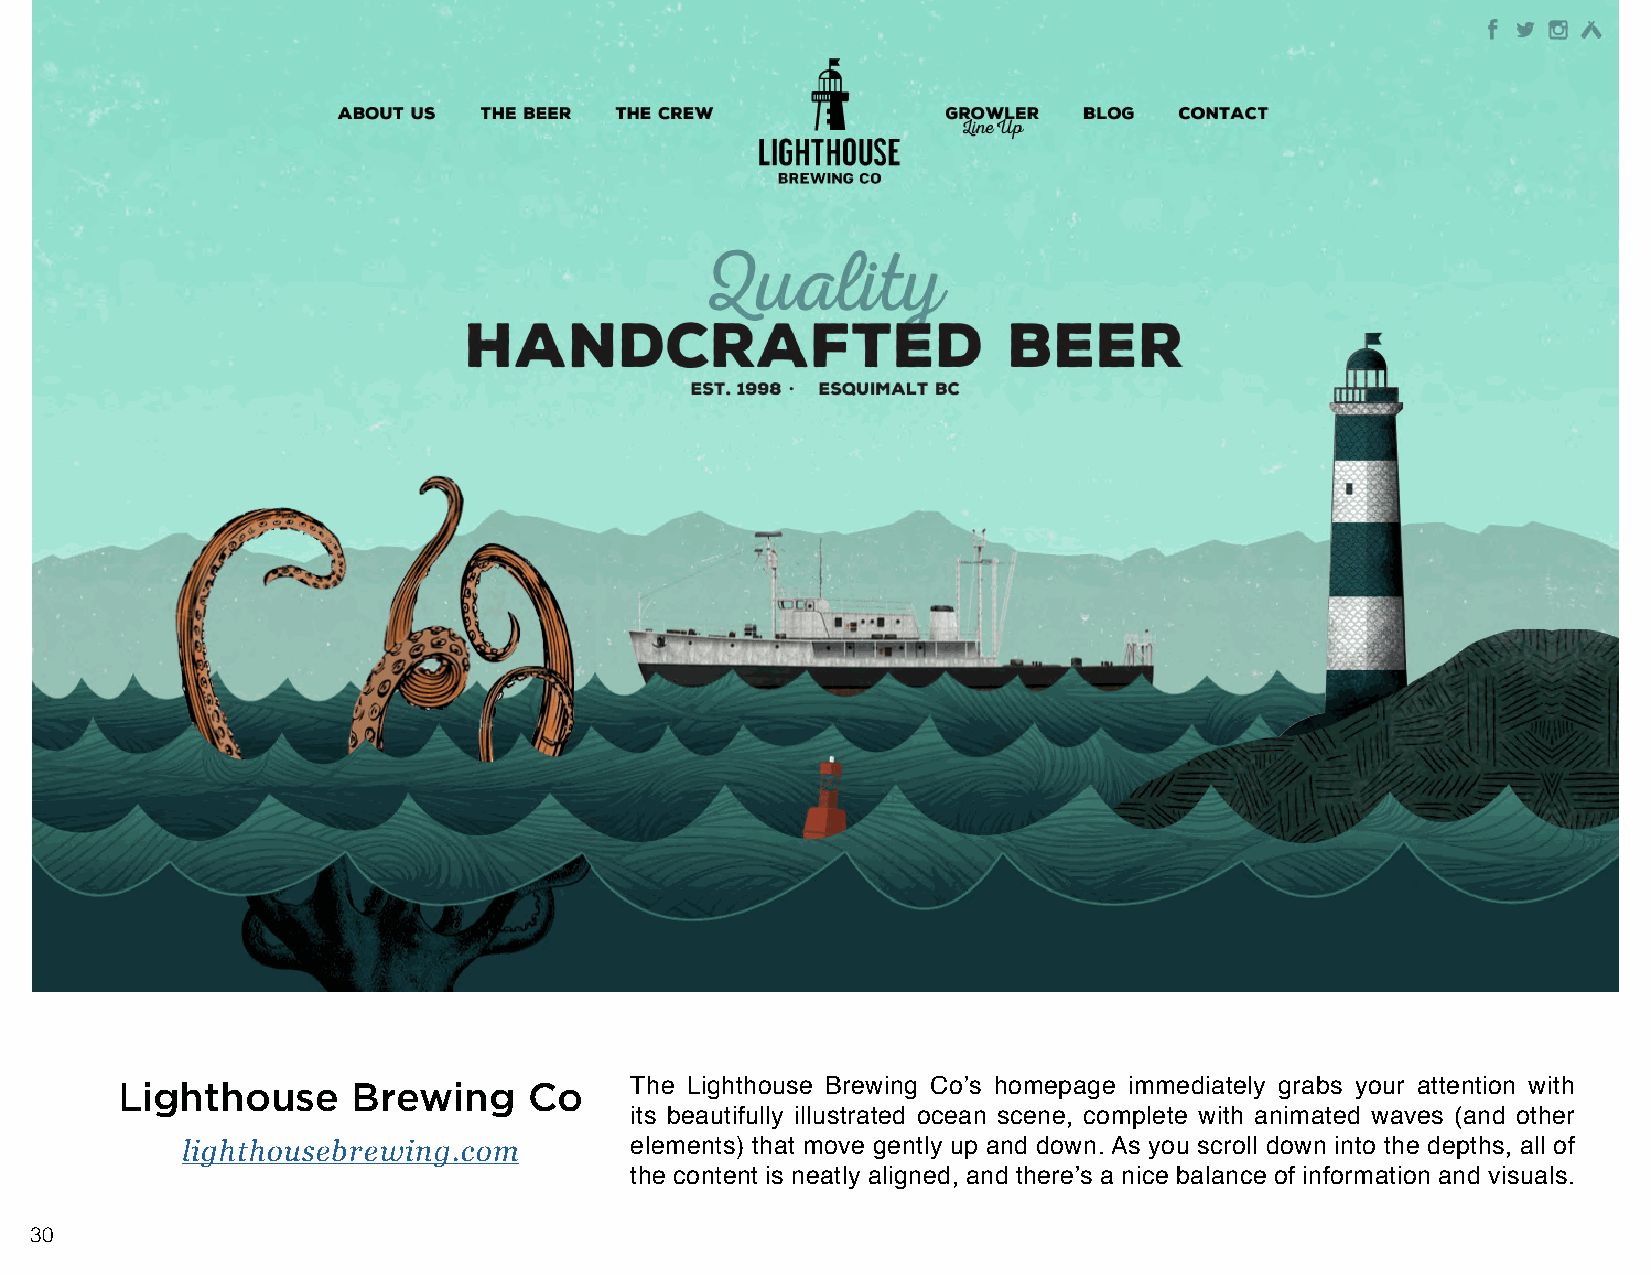
Lighthouse     Brewing     Co     The Lighthouse Brewing Co’s homepage immediately grabs your attention with
 its beautifully illustrated ocean scene, complete with animated waves (and other
 lighthousebrewing.com         elements) that move gently up and down. As you scroll down into the depths, all of
 the content is neatly aligned, and there’s a nice balance of information and visuals.
 30